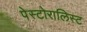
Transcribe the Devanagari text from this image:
पेस्टोरालिस्ट